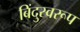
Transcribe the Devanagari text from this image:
बिंदुस्वरूप